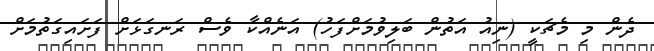
ދެން މި މެޗަކީ (ނިއު އަތުން ބަލިވުމަށްފަހު) އަނެއްކާ ވެސް ރަނގަޅަށް ފަށައިގަތުމަށް